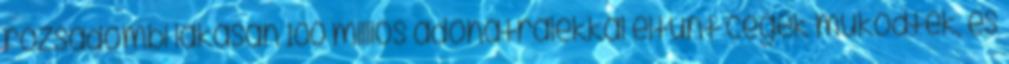
rózsadombi lakásán 100 milliós adóhátralékkal eltűnt cégek működtek, és